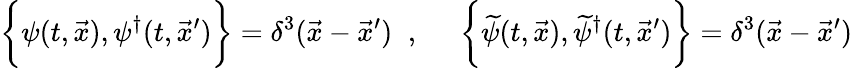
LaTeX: \left\{ \psi(t,\vec{x}),\vphantom{\int}\psi^{\dagger}(t,\vec{x}^{\prime})\right\} =\delta^{3}(\vec{x}-\vec{x}^{\prime})\; \; ,\; \; \; \; \; \left\{ \widetilde{\psi}(t,\vec{x}),\vphantom{\int}\widetilde{\psi}^{\dagger}(t,\vec{x}^{\prime})\right\} =\delta^{3}(\vec{x}-\vec{x}^{\prime})\;